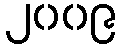
၂၀၀၉